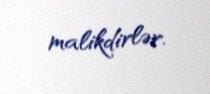
malikdirlər.